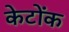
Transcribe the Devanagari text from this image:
केटोंक